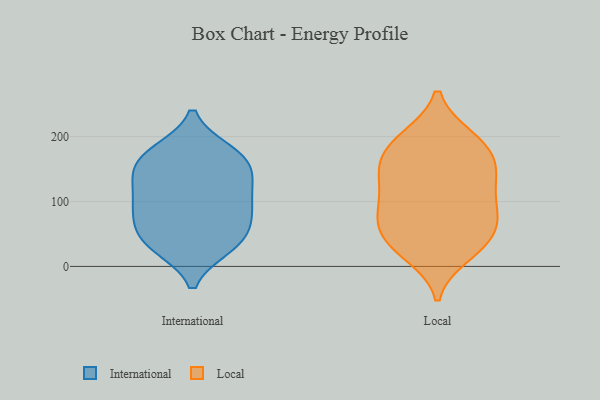
{"axis": {"x": "Operating Costs (USD K)", "y": "Value"}, "legend": ["International", "Local"], "data": [{"x": "", "y": 173, "type": "International"}, {"x": "", "y": 46, "type": "International"}, {"x": "", "y": 78, "type": "International"}, {"x": "", "y": 91, "type": "International"}, {"x": "", "y": 125, "type": "International"}, {"x": "", "y": 177, "type": "International"}, {"x": "", "y": 147, "type": "International"}, {"x": "", "y": 95, "type": "International"}, {"x": "", "y": 86, "type": "International"}, {"x": "", "y": 125, "type": "International"}, {"x": "", "y": 165, "type": "International"}, {"x": "", "y": 30, "type": "International"}, {"x": "", "y": 31, "type": "International"}, {"x": "", "y": 34, "type": "International"}, {"x": "", "y": 171, "type": "International"}, {"x": "", "y": 60, "type": "International"}, {"x": "", "y": 135, "type": "International"}, {"x": "", "y": 159, "type": "Local"}, {"x": "", "y": 68, "type": "Local"}, {"x": "", "y": 34, "type": "Local"}, {"x": "", "y": 118, "type": "Local"}, {"x": "", "y": 146, "type": "Local"}, {"x": "", "y": 113, "type": "Local"}, {"x": "", "y": 160, "type": "Local"}, {"x": "", "y": 198, "type": "Local"}, {"x": "", "y": 197, "type": "Local"}, {"x": "", "y": 69, "type": "Local"}, {"x": "", "y": 150, "type": "Local"}, {"x": "", "y": 28, "type": "Local"}, {"x": "", "y": 64, "type": "Local"}, {"x": "", "y": 33, "type": "Local"}, {"x": "", "y": 18, "type": "Local"}, {"x": "", "y": 199, "type": "Local"}, {"x": "", "y": 174, "type": "Local"}, {"x": "", "y": 117, "type": "Local"}, {"x": "", "y": 81, "type": "Local"}, {"x": "", "y": 79, "type": "Local"}]}